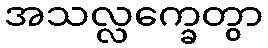
အသလ္လက္ခေတွာ